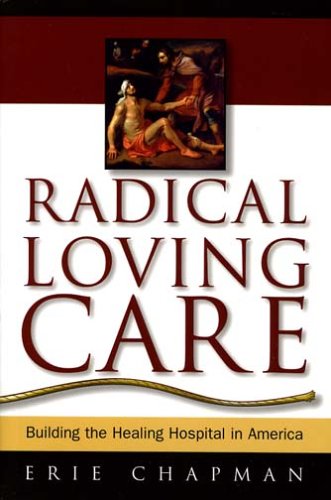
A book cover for Radical Loving Care: Building the Healing Hospital in America; Erie Chapman; Medical Books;